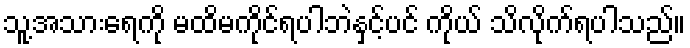
သူ့အသားရေကို မထိမကိုင်ရပါဘဲနှင့်ပင် ကိုယ် သိလိုက်ရပါသည်။